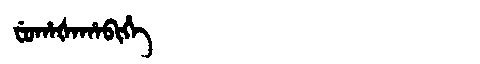
Manchu: ᠸᡠᡥᠠᡧᠠᡥᠠᠪᡳᡥᡝ
Romanization: FUHAŠAHABIHE